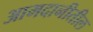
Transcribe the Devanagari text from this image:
आमदानीतील